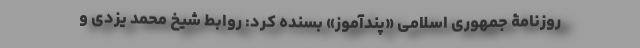
روزنامۀ جمهوری اسلامی «پند‌آموز» بسنده کرد: روابط شیخ محمد یزدی و